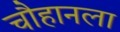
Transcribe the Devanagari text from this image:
चौहानला